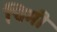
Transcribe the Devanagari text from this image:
चिमी